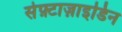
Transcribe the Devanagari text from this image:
सेफ़्टाज़ाइडिन